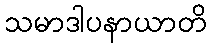
သမာဒါပနာယာတိ